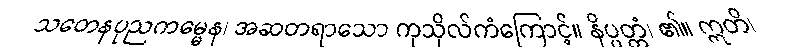
သတေနပုညကမ္မေန၊ အဆတရာသော ကုသိုလ်ကံကြောင့်။ နိပ္ပတ္တံ၊ ၏။ ဣတိ၊